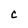
Character: c